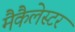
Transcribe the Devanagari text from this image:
मैकैलेस्टर